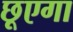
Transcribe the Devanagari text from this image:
छूएगा